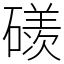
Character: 𥖄